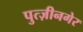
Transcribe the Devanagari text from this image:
पुत्ज़ीनगेर